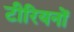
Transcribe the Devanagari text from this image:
टीरियनों